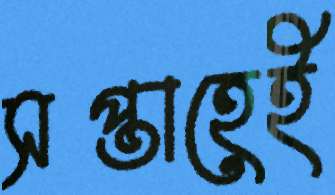
সপ্তাহেই